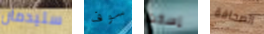
ستيدمان سوف إسكت الصحافة